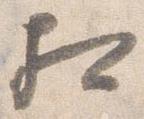
相